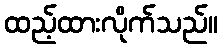
ထည့်ထားလိုက်သည်။